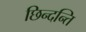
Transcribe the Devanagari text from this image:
छिन्दन्ति